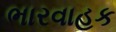
ભારવાહક